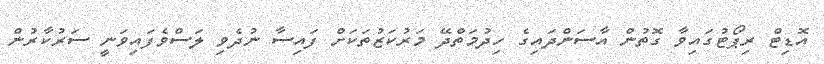
އޮޑިޓް ރިޕޯޓުގައިވާ ގޮތުން އާސަންދައިގެ ހިދުމަތްދޭ މަރުކަޒުތަކަށް ފައިސާ ނުދެވި ލަސްވެފައިވަނީ ސަރުކާރުން